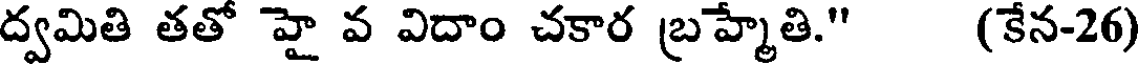
ద్వమితి తతో హై వ విదాం చకార బ్రహ్మేతి." (కేన-26)